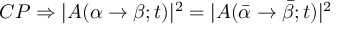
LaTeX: C P \Rightarrow | A ( \alpha \rightarrow \beta ; t ) | ^ { 2 } = | A ( \bar { \alpha } \rightarrow \bar { \beta } ; t ) | ^ { 2 }